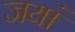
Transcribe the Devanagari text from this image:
जयां